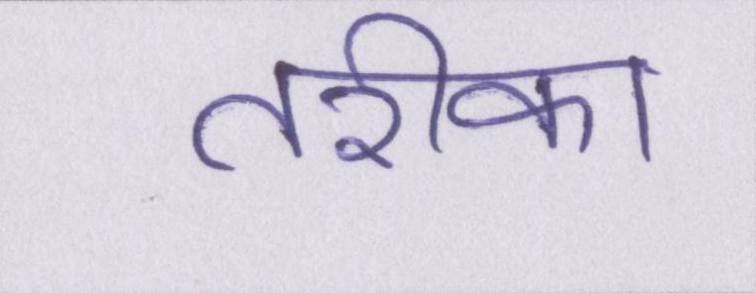
तरीका